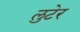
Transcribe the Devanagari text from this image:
लुटेर